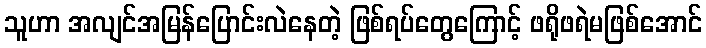
သူဟာ အလျင်အမြန်ပြောင်းလဲနေတဲ့ ဖြစ်ရပ်တွေကြောင့် ဖရိုဖရဲမဖြစ်အောင်